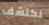
نكتشف